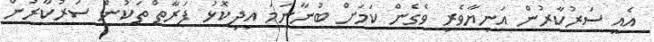
އެއީ ސަރުކާރުން އަނިޔާވެރި ވެގެން ކަމަށް ބުނާނަމަ އިދިކޮޅު ފަރާތް ތަކުން ސަރުކާރުން